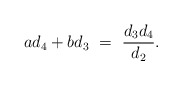
\begin{align*} ad_4+bd_3 \ =\ \frac{d_3d_4}{d_2}.\end{align*}